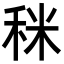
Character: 𥞪